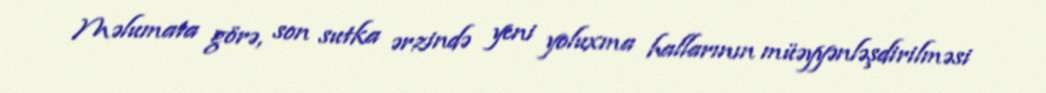
Məlumata görə, son sutka ərzində yeni yoluxma hallarının müəyyənləşdirilməsi